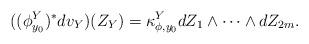
LaTeX: \begin{align*}((\phi_{y_0}^Y)^* dv_Y) (Z_Y)=\kappa_{\phi, y_0}^Yd Z_1 \wedge \cdots \wedge d Z_{2m}.\end{align*}